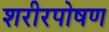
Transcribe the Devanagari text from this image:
शरीरपोषण